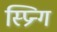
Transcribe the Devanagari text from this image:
स्प्रिन्ग